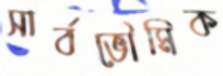
সার্বভৌমিক